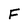
Character: F